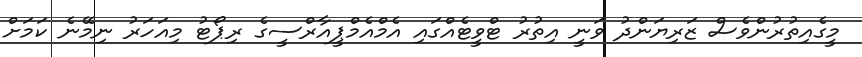
މީގެއިތުރުންވެސް ޒަރިޔަންދު ވަނީ އިތުރު ޓްވީޓެއްގައި އެމްއެމްޕީއާރްސީގެ ރިޕޯޓު މިއަހަރު ނިމޭނެ ކަމަށް